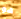
هو